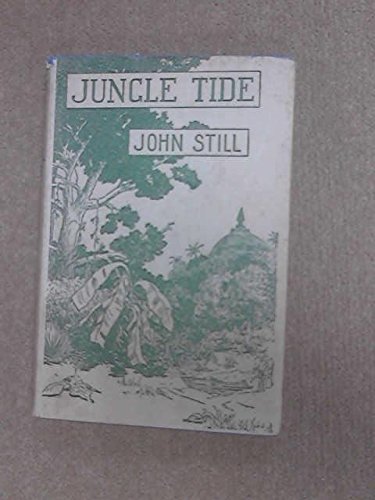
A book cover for The jungle tide; John Still; Travel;